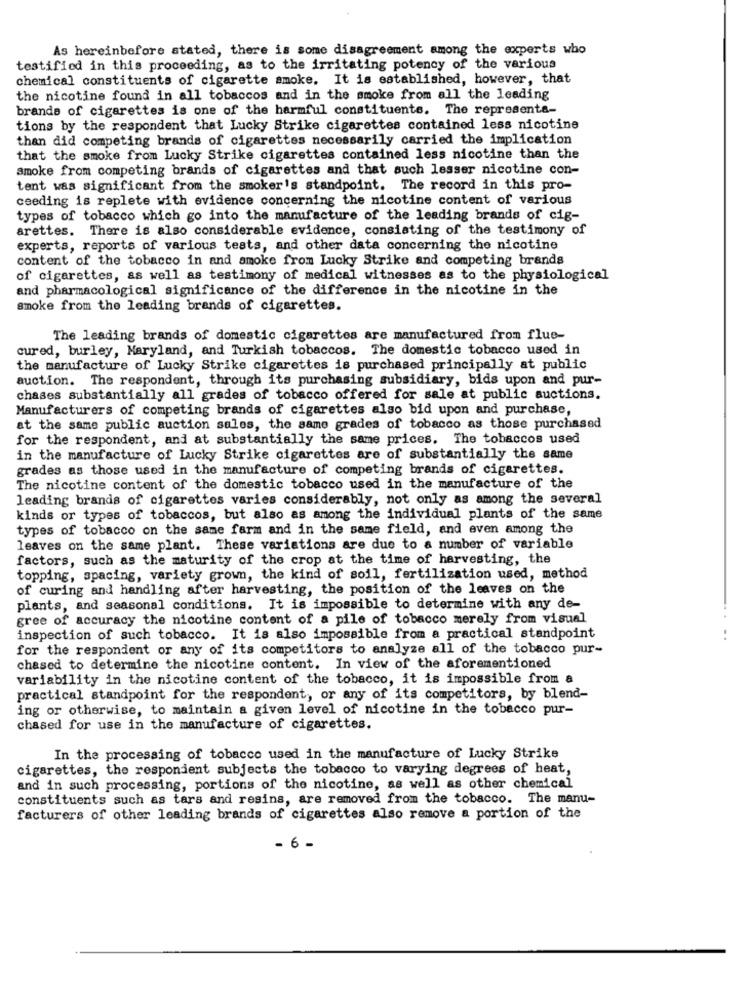
As hereinbefore stated, there is some disagreement among the experts who
testified in this proceeding, as to the irritating potency of the various
chemical constituents of cigarette smoke. It is established, however, that
the nicotine found in all tobaccos and in the smoke from all the leading
brande of cigarettes is one of the harmful constituents. The representa-
tions by the respondent that Lucky Strike cigarettes contained less nicotine
than did competing brands of cigarettes necessarily carried the implication
that the smoke from Lucky Strike cigarettes contained less nicotine than the
smoke from competing brands of cigarettes and that such lesser nicotine con-
tent was significant from the smoker's standpoint. The record in this pro-
ceeding is replete with evidence concerning the nicotine content of various
types of tobacco which go into the manufacture of the leading brands of cig-
arettes. There is also considerable evidence, consisting of the testimony of
experts, reports of various tests, and other data concerning the nicotine
content of the tobacco in and smoke from Lucky Strike and competing brands
of cigarettes, as well as testimony of medical witnesses as to the physiological
and pharmacological significance of the difference in the nicotine in the
smoke from the leading brands of cigarettes.
The leading brands of domestic cigarettes are manufactured from flue-
cured, burley, Maryland, and Turkish tobaccos. The domestic tobacco used in
the manufacture of Lucky Strike cigarettes is purchased principally at public
auction. The respondent, through its purchasing subsidiary, bids upon and pur-
chases substantially all grades of tobacco offered for sale at public auctions.
Manufacturers of competing brands of cigarettes also bid upon and purchase,
at the same public auction sales, the same grades of tobacco as those purchased
for the respondent, and at substantially the same prices. The tobaccos used
in the manufacture of Lucky Strike cigarettes are of substantially the same
grades as those used in the manufacture of competing brands of cigarettes.
The nicotine content of the domestic tobacco used in the manufacture of the
leading brands of cigarettes varies considerably, not only as among the several
kinds or types of tobaccos, but also as among the individual plants of the same
types of tobacco on the same farm and in the same field, and even among the
leaves on the same plant. These variations are due to a number of variable
factors, such as the maturity of the crop at the time of harvesting, the
topping, spacing, variety grown, the kind of soil, fertilization used, method
of curing and handling after harvesting, the position of the leaves on the
plants, and seasonal conditions. It is impossible to determine with any de-
gree of accuracy the nicotine content of a pile of tobacco merely from visual
inspection of such tobacco. It is also impossible from a practical standpoint
..
for the respondent or any of its competitors to analyze all of the tobacco pur-
chased to determine the nicotine content. In view of the aforementioned
variability in the nicotine content of the tobacco, it is impossible from a
practical standpoint for the respondent, or any of its competitors, by blend-
ing or otherwise, to maintain a given level of nicotine in the tobacco pur-
chased for use in the manufacture of cigarettes.
In the processing of tobacco used in the manufacture of Lucky Strike
cigarettes, the respondent subjects the tobacco to varying degrees of heat,
and in such processing, portions of the nicotine, as well as other chemical
constituents such as tars and resins, are removed from the tobacco. The manu-
facturers of other leading brands of cigarettes also remove a portion of the
- 6 -